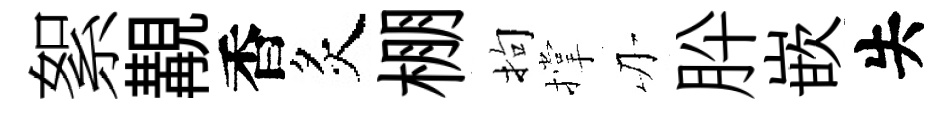
絮覯香炙棚拘撑刃肸嵌失